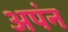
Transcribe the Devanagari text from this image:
अपंन